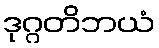
ဒုဂ္ဂတိဘယံ